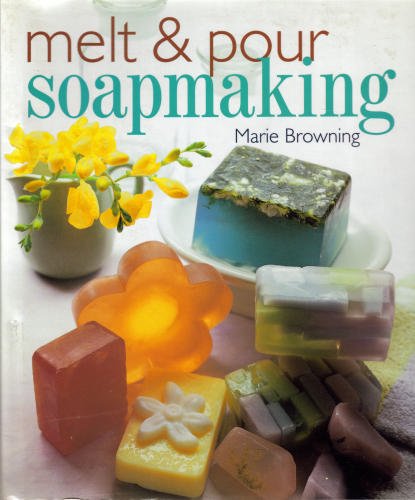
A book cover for Melt & Pour Soapmaking; Marie Browning; Crafts, Hobbies & Home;